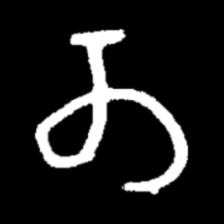
Pyu character \u2014 Myanmar letter: တ (romanized: ta)